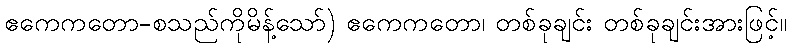
ဧကေကတော-စသည်ကိုမိန့်သော်) ဧကေကတော၊ တစ်ခုချင်း တစ်ခုချင်းအားဖြင့်။